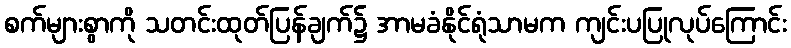
စက်များစွာကို သတင်းထုတ်ပြန်ချက်၌ အာမခံနိုင်ရုံသာမက ကျင်းပပြုလုပ်ကြောင်း